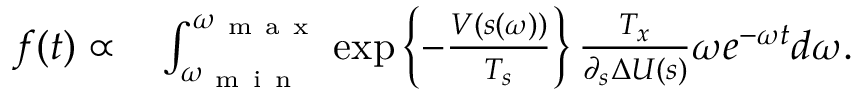
\begin{array} { r l } { f ( t ) \propto } & { { } \int _ { \omega _ { \mathrm { ~ m ~ i ~ n ~ } } } ^ { \omega _ { \mathrm { ~ m ~ a ~ x ~ } } } \exp \left\{ - \frac { V ( s ( \omega ) ) } { T _ { s } } \right\} \frac { T _ { x } } { \partial _ { s } \Delta U ( s ) } \omega e ^ { - \omega t } d \omega . } \end{array}